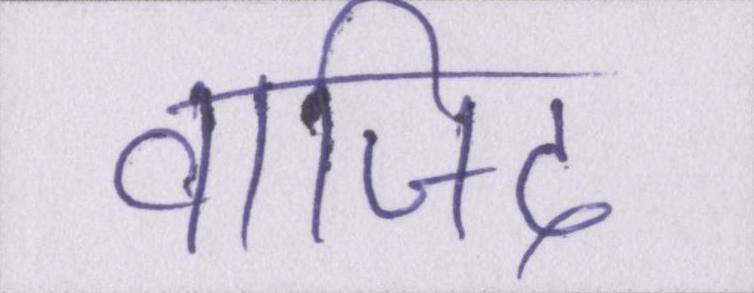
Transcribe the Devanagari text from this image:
वाजिद